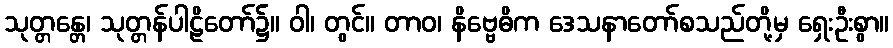
သုတ္တန္တေ၊ သုတ္တန်ပါဠိတော်၌။ ဝါ၊ တွင်။ တာဝ၊ နိဗ္ဗေဓိက ဒေသနာတော်စသည်တို့မှ ရှေးဦးစွာ။